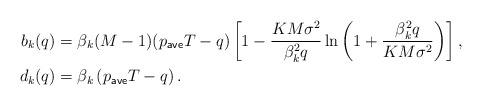
\begin{align*} b_k(q) &= \beta_k (M-1) (p_{\sf ave} T - q) \left[1- \frac{K M \sigma^2}{\beta_k^2 q} \ln \left( 1+ \frac{\beta_k^2 q}{K M \sigma^2} \right) \right], \\ d_k(q) &= \beta_k \left( p_{\sf ave} T - q \right).\end{align*}